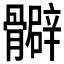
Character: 𩪧